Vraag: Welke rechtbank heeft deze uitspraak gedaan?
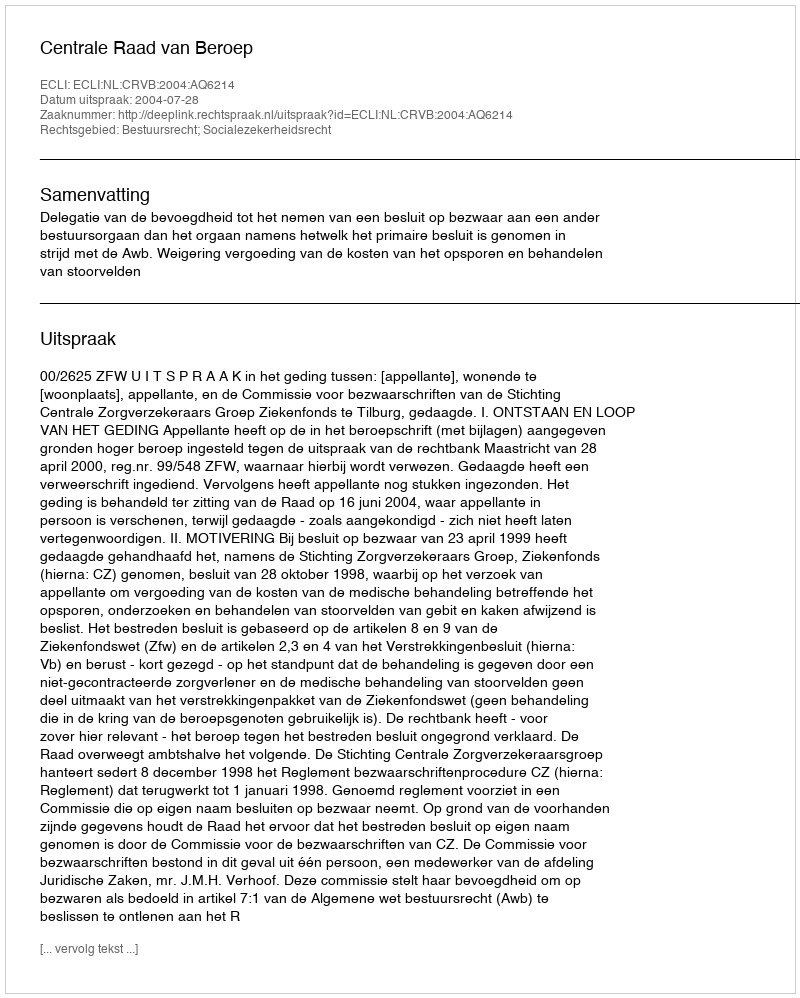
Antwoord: Centrale Raad van Beroep